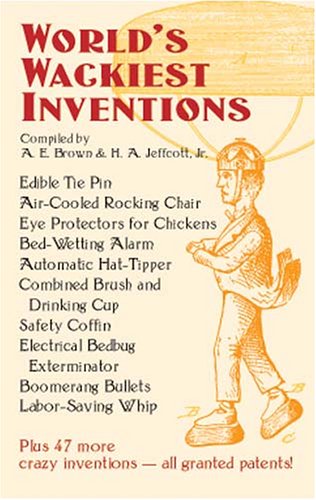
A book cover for World's Wackiest Inventions; A. E. Brown; Humor & Entertainment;